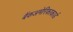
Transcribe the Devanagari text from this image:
बैंकअमेरिकाकार्ड